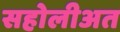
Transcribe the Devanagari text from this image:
सहोलीअत